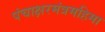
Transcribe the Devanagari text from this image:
पंचाक्षरमंत्रमहिमा